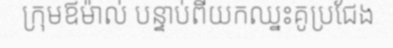
ក្រុមឪម៉ាល់ បន្ទាប់ពីយកឈ្នះគូប្រជែង